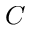
C